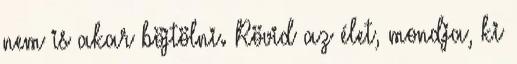
nem is akar böjtölni. Rövid az élet, mondja, ki